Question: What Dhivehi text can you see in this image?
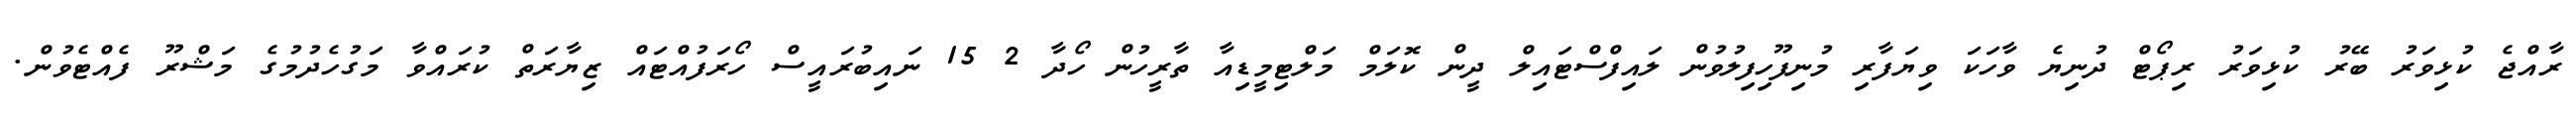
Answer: ރާއްޖެ ކުޅިވަރު ބޭރު ކުޅިވަރު ރިޕޯޓް ދުނިޔެ ވާހަކަ ވިޔަފާރި މުނިފޫހިފިލުވުން ލައިފްސްޓައިލް ދީން ކޮލަމް މަލްޓިމީޑިއާ ތާރީހުން ހޯދާ 2 15 ނައިބުރައީސް ހޯރަފުއްޓައް ޒިޔާރަތް ކުރައްވާ މަގުހެދުމުގެ މަޝްރޫ ފެއްޓެވުން.